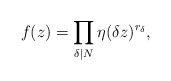
\begin{align*}f(z)=\prod_{\delta\mid N}\eta(\delta z)^{r_\delta},\end{align*}